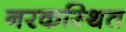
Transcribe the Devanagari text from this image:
नरकस्थित